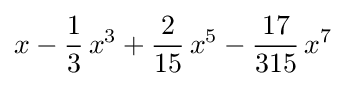
x-{\frac {1}{3}}\,x^{3}+{\frac {2}{15}}\,x^{5}-{\frac {17}{315}}\,x^{7}